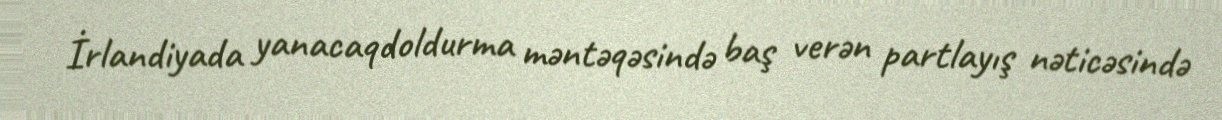
İrlandiyada yanacaqdoldurma məntəqəsində baş verən partlayış nəticəsində